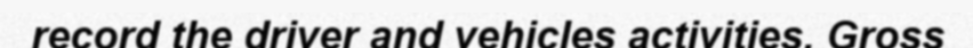
record the driver and vehicles activities. Gross